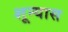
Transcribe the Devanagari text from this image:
शून्यास